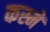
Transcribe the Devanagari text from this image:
कस्में